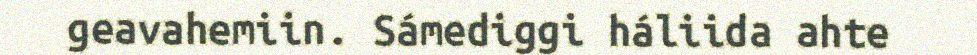
geavahemiin. Sámediggi háliida ahte